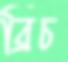
ব্রিচ